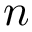
n